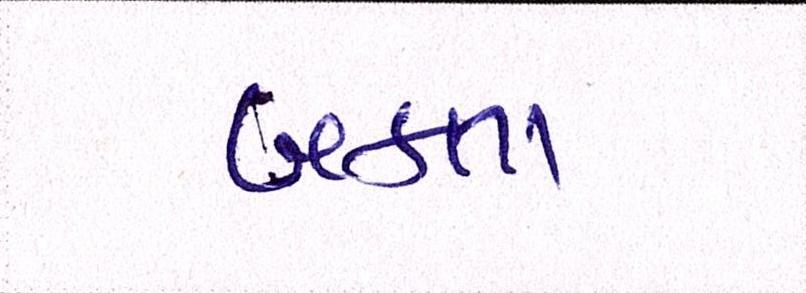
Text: બક્તા